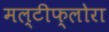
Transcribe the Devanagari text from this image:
मल्टीफ्लोरा